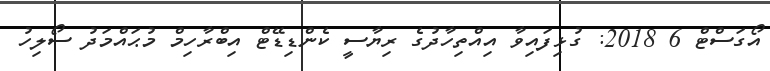
އޯގަސްޓް 6 2018: ގުޅިފައިވާ އިއްތިހާދުގެ ރިޔާސީ ކެންޑިޑޭޓް އިބްރާހިމް މުޙައްމަދު ސޯލިހު